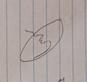
Signature authenticity: forged